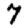
Digit: 7